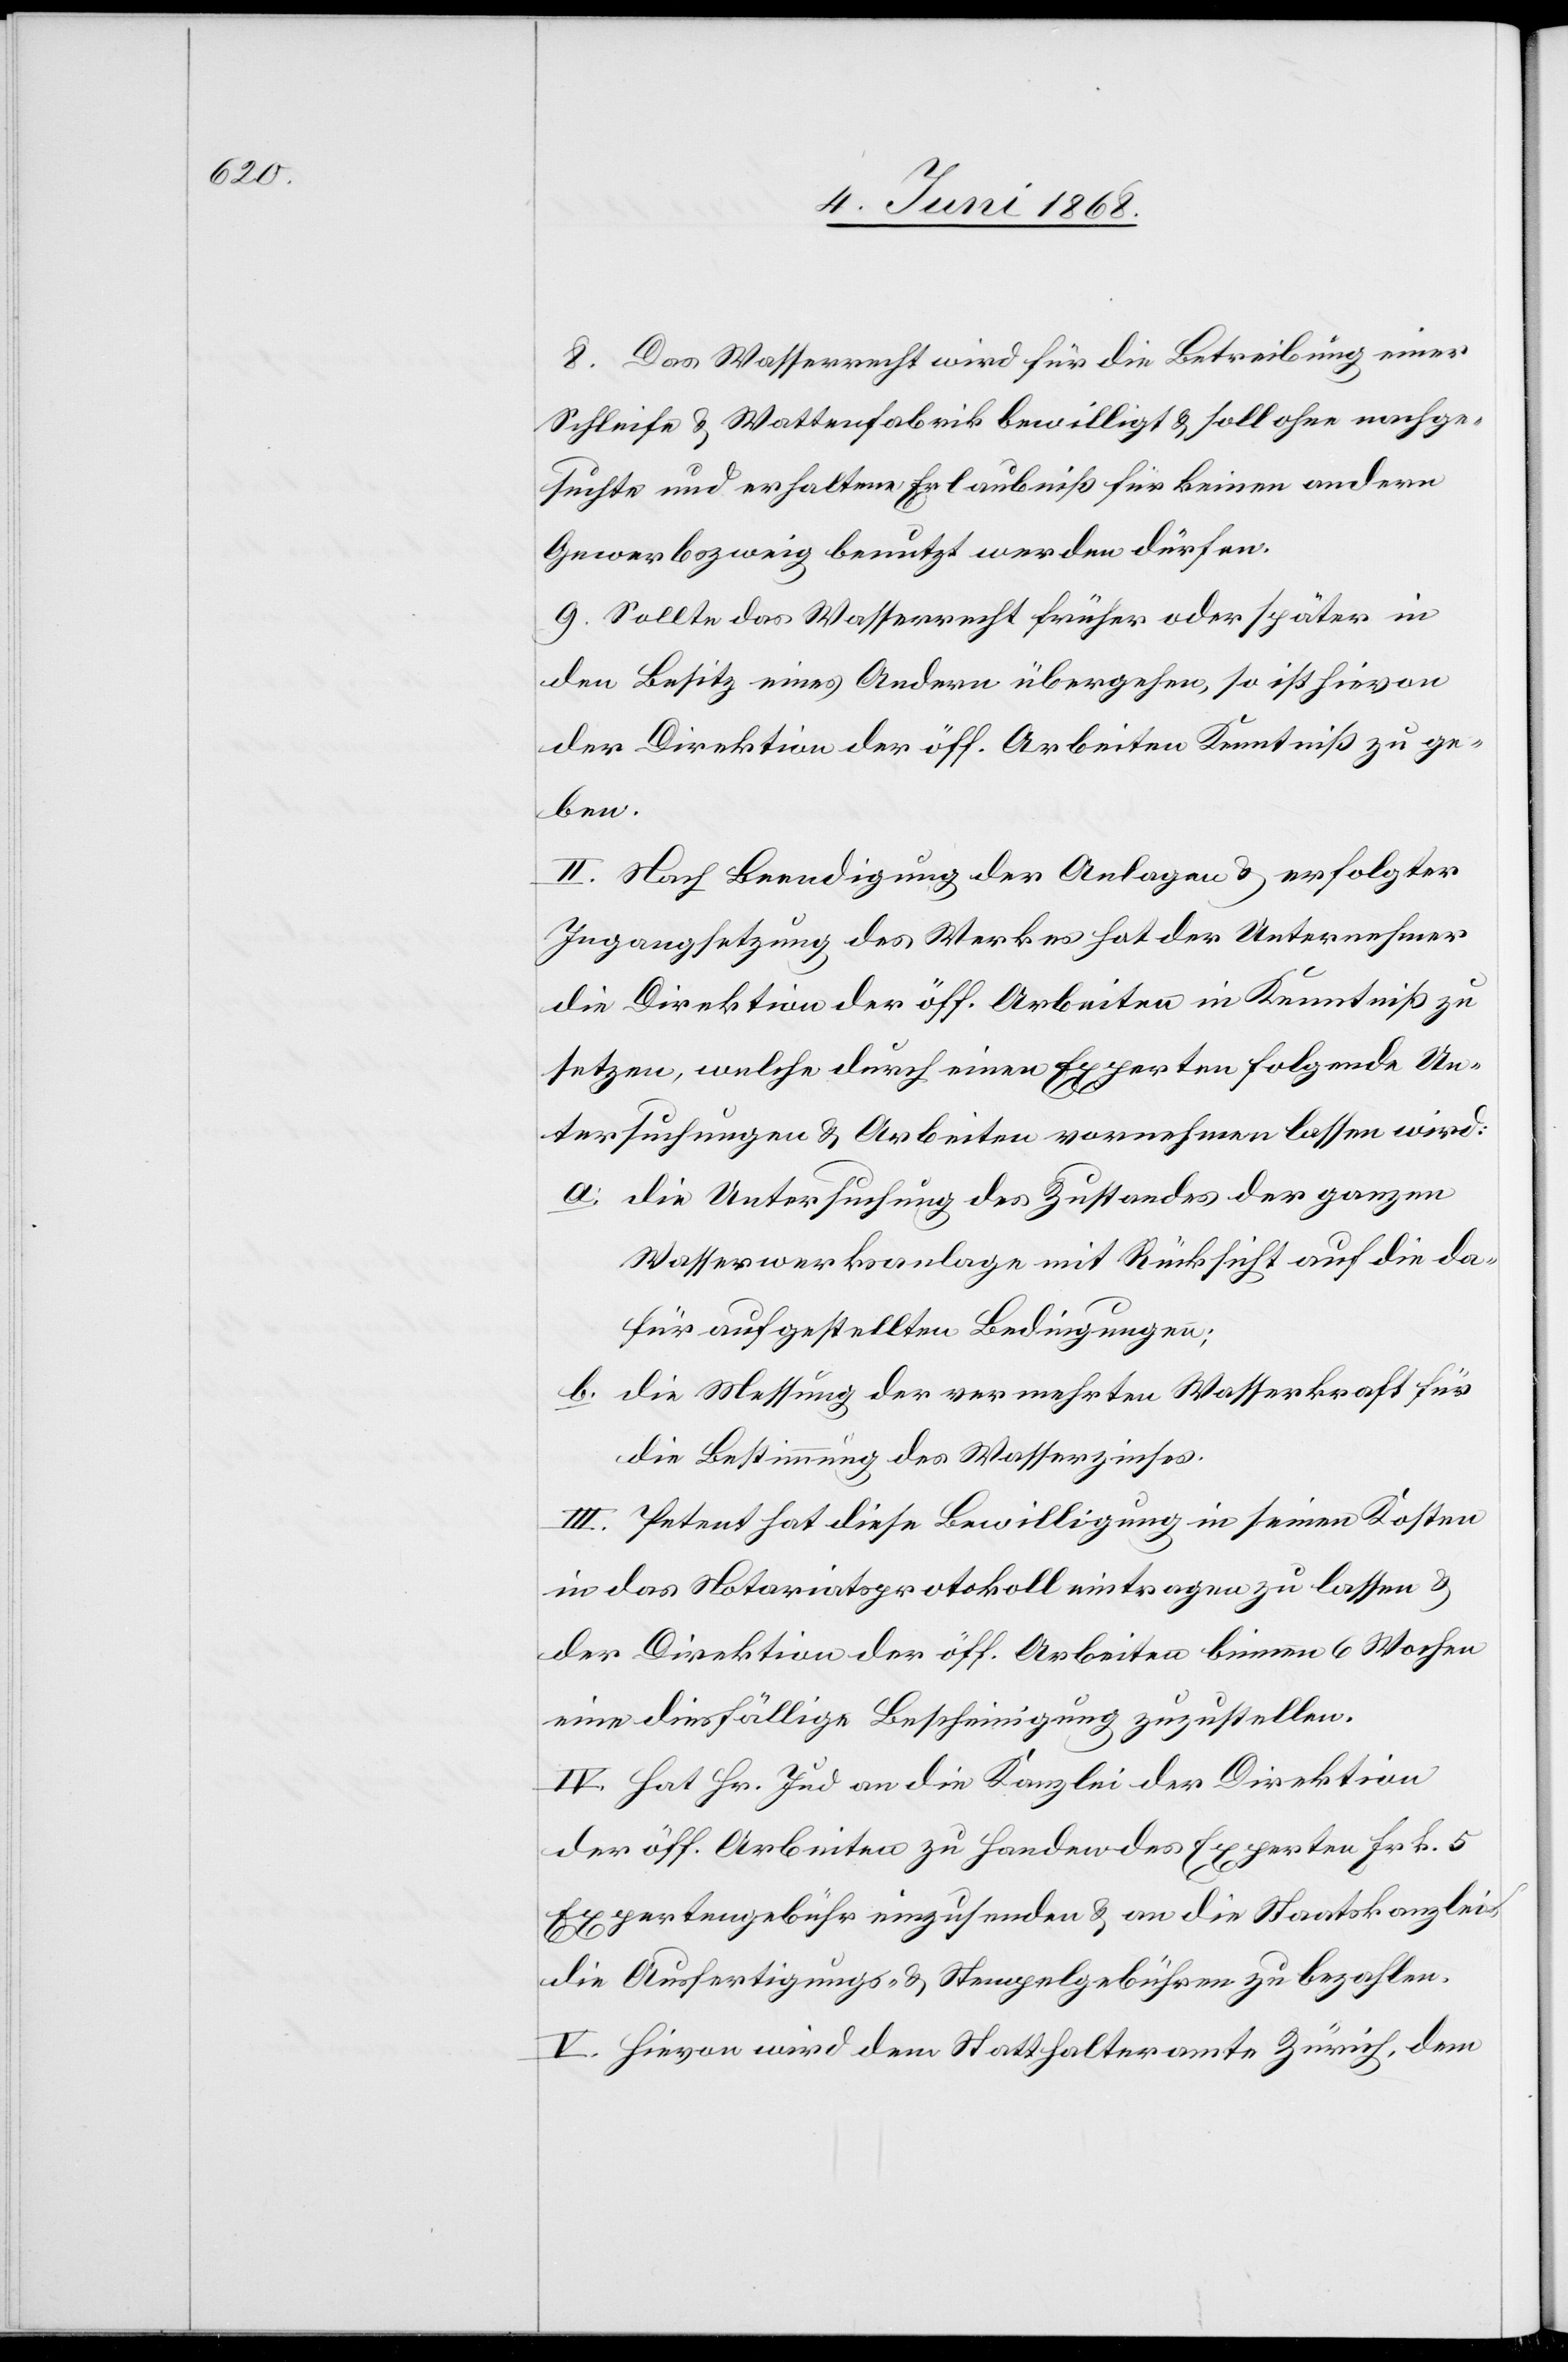
8. Das Wasserrecht wird für die Betreibung einer
Schleife & Wattenfabrik bewilligt & soll ohne nachge¬
suchte und erhaltene Erlaubniß für keinen andern
Gewerbszweig benutzt werden dürfen.
9. Sollte das Wasserrecht früher oder später in
den Besitz eines Andern übergehen, so ist hievon
der Direktion der öff. Arbeiten Kenntniß zu ge¬
ben.
II. Nach Beendigung der Anlagen & erfolgter
Ingangsetzung des Werkes hat der Unternehmer
die Direktion der öff. Arbeiten in Kenntniß zu
setzen, welche durch einen Experten folgende Un¬
tersuchungen & Arbeiten vornehmen lassen wird:
die Untersuchung des Zustandes der ganzen
Wasserwerksanlage mit Rücksicht auf die da¬
für aufgestellten Bedingungen;
die Messung der vermehrten Wasserkraft für
die Bestimmung des Wasserzinses.
III. Petent hat diese Bewilligung in seinen Kosten
in das Notariatsprotokoll eintragen zu lassen &
der Direktion der öff. Arbeiten binnen 6 Wochen
eine diesfällige Bescheinigung zuzustellen.
IV. Hat Hr. Jud an die Kanzlei der Direktion
der öff. Arbeiten zu Handen des Experten Frk. 5
Expertengebühr einzusenden & an die Staatskanzlei
die Ausfertigungs- & Stempelgebühren zu bezahlen.
V. Hievon wird dem Statthalteramte Zürich, dem